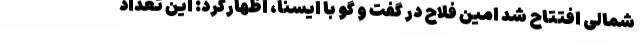
شمالی افتتاح شد امین فلاح در گفت و گو با ایسنا، اظهارکرد: این تعداد